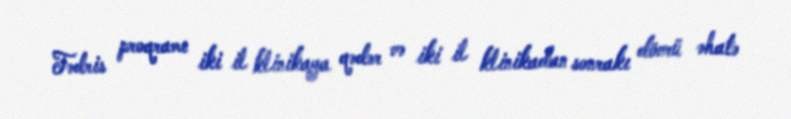
Tədris proqramı iki il klinikaya qədər və iki il klinikadan sonrakı dövrü əhatə